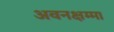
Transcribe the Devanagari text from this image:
अवनक्षम्मा